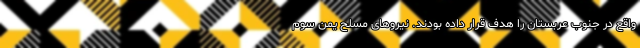
واقع در جنوب عربستان را هدف قرار داده بودند. نیروهای مسلح یمن سوم